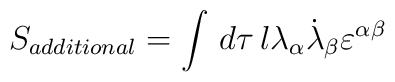
S_{additional}=\int\,d\tau\,l\lambda_{\alpha}\dot{\lambda}_{\beta}\varepsilon^{\alpha\beta}